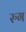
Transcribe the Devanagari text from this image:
रुग